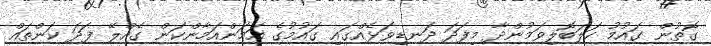
ގޮތުން ގައުމު ހަލަބޮލިވަމުންދާ މިފަދަ ދަނޑިވަޅެއްގައި ގައުމުގެ އަމަންއަމާންކަން ގެއްލޭ ފަދަ ކަންތައް